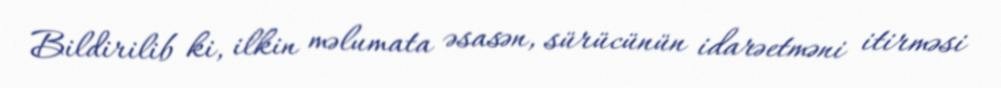
Bildirilib ki, ilkin məlumata əsasən, sürücünün idarəetməni itirməsi